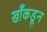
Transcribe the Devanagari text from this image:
खाँकडून